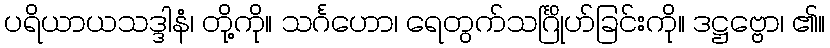
ပရိယာယသဒ္ဒါနံ၊ တို့ကို။ သင်္ဂဟော၊ ရေတွက်သင်္ဂြိုဟ်ခြင်းကို။ ဒဋ္ဌဗ္ဗော၊ ၏။